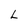
Character: L